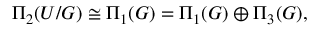
\Pi _ { 2 } ( { \cal U } / { \cal G } ) \cong \Pi _ { 1 } ( { \cal G } ) = \Pi _ { 1 } ( G ) \oplus \Pi _ { 3 } ( G ) ,